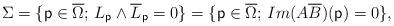
LaTeX: \begin{align*}\Sigma=\{\mathsf{p}\in\overline{\Omega}; \, L_\mathsf{p}\wedge\overline{L}_\mathsf{p}=0\}=\{\mathsf{p}\in\overline{\Omega}; \, Im(A\overline{B})(\mathsf{p})=0\},\end{align*}